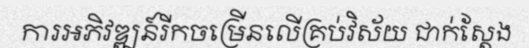
ការអភិវឌ្ឍន៍រីកចម្រើនលើគ្រប់វិស័យ ជាក់ស្តែង